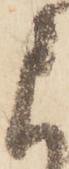
に